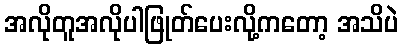
အလိုတူအလိုပါဖြုတ်ပေးလို့ကတော့ အသိပဲ